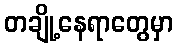
တချို့နေရာတွေမှာ